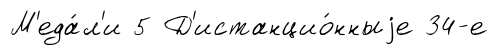
М'еда́л'и 5 Д'истанцио́нныjе 34-е